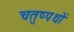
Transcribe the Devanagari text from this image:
चतुष्पथों